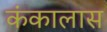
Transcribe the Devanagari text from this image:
कंकालास